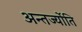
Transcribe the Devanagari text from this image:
अन्तर्ज्योति